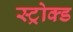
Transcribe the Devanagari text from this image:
स्ट्रोक्ड